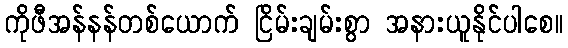
ကိုဖီအန်နန်တစ်ယောက် ငြိမ်းချမ်းစွာ အနားယူနိုင်ပါစေ။